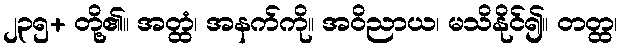
၂၃၅+ တို့၏။ အတ္ထံ၊ အနက်ကို။ အဝိညာယ၊ မသိနိုင်၍။ တတ္ထ၊